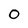
Character: O